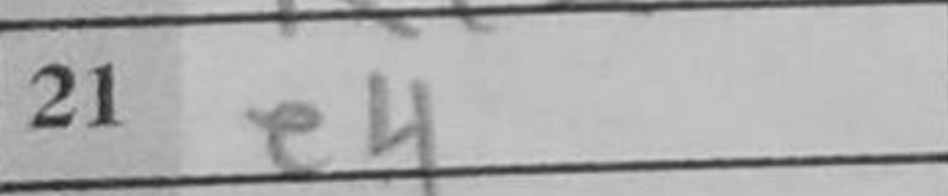
Transcription: e4